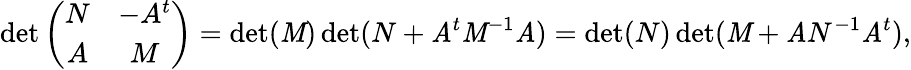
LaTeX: \operatorname*{det}\left(\begin{array}{cc}{{N}}&{{-A^{t}}}\\ {{A}}&{{M}}\end{array}\right)=\operatorname*{det}(\mathit{M})\operatorname*{det}(N+\mathit{A}^{t}\mathit{M}^{-1}\mathit{A})=\operatorname*{det}(N)\operatorname*{det}(\mathit{M}+\mathit{A}N^{-1}\mathit{A}^{t}),